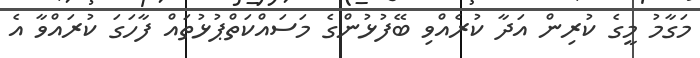
މަގާމު މީގެ ކުރިން އަދާ ކުރެއްވި ބޭފުޅުންގެ މަސައްކަތްޕުޅުތައް ފާހަގަ ކުރައްވާ އެ